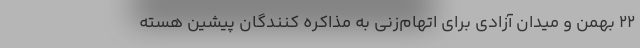
22 بهمن و میدان آزادی برای اتهام‌زنی به مذاکره کنندگان پیشین هسته